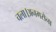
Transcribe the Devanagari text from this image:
चला।अनगसेना